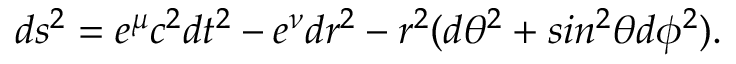
d s ^ { 2 } = e ^ { \mu } c ^ { 2 } d t ^ { 2 } - e ^ { \nu } d r ^ { 2 } - r ^ { 2 } ( d \theta ^ { 2 } + s i n ^ { 2 } \theta d \phi ^ { 2 } ) .